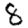
Digit: 8